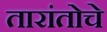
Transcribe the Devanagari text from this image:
तारांतोचे